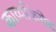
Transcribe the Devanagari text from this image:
काव्यकिरीट